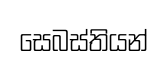
සෙබස්තියන්